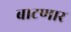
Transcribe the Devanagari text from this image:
बाटणार